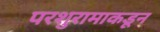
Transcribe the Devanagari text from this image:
परशुरामाकडून